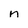
Character: n